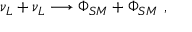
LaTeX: \nu _ { L } + \nu _ { L } \longrightarrow \Phi _ { S M } + \Phi _ { S M } \ ,